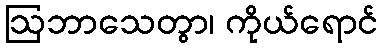
ဩဘာသေတွာ၊ ကိုယ်ရောင်